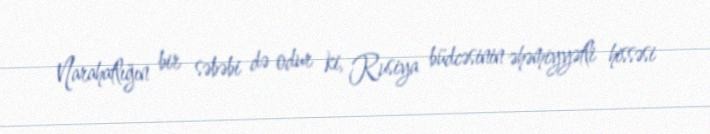
Narahatlığın bir səbəbi də odur ki, Rusiya büdcəsinin əhəmiyyətli hissəsi